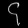
Digit: ၄